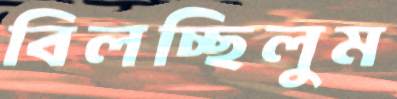
বিলচ্ছিলুম